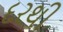
દરથી